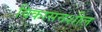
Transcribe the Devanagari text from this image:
विकासनशील